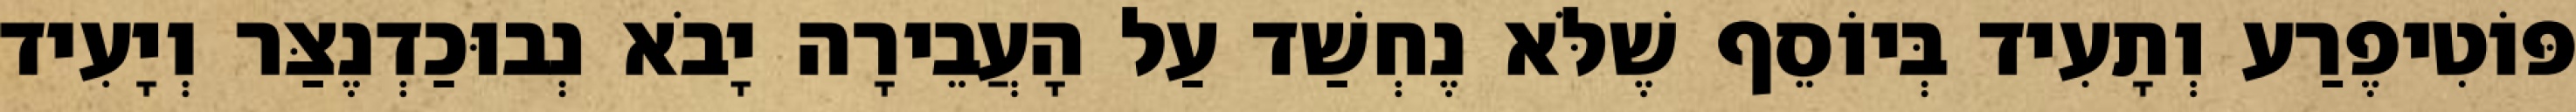
פּוֹטִיפֶרַע וְתָעִיד בְּיוֹסֵף שֶׁלֹּא נֶחְשַׁד עַל הָעֲבֵירָה יָבֹא נְבוּכַדְנֶצַּר וְיָעִיד